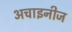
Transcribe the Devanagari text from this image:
अचाइनीज